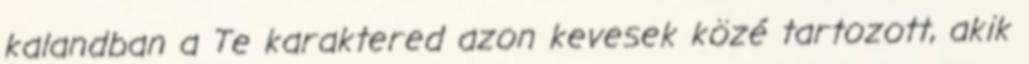
kalandban a Te karaktered azon kevesek közé tartozott, akik